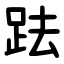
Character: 䟩